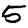
Digit: 5